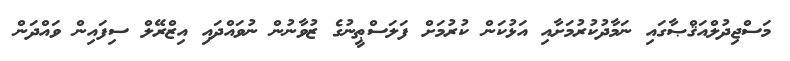
މަސްޖިދުލްއަޤްޞާގައި ނަމާދުކުރުމަށާއި އަޅުކަން ކުރުމަށް ފަލަސްޠީނުގެ ޒުވާނުން ނުވައްދައި އިޒްރޭލް ސިފައިން ވައްދަން